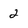
Character: 2